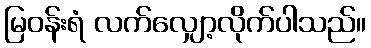
မြဝန်းရံ လက်လျှော့လိုက်ပါသည်။